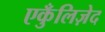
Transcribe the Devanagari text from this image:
एकुँलिज़ेद